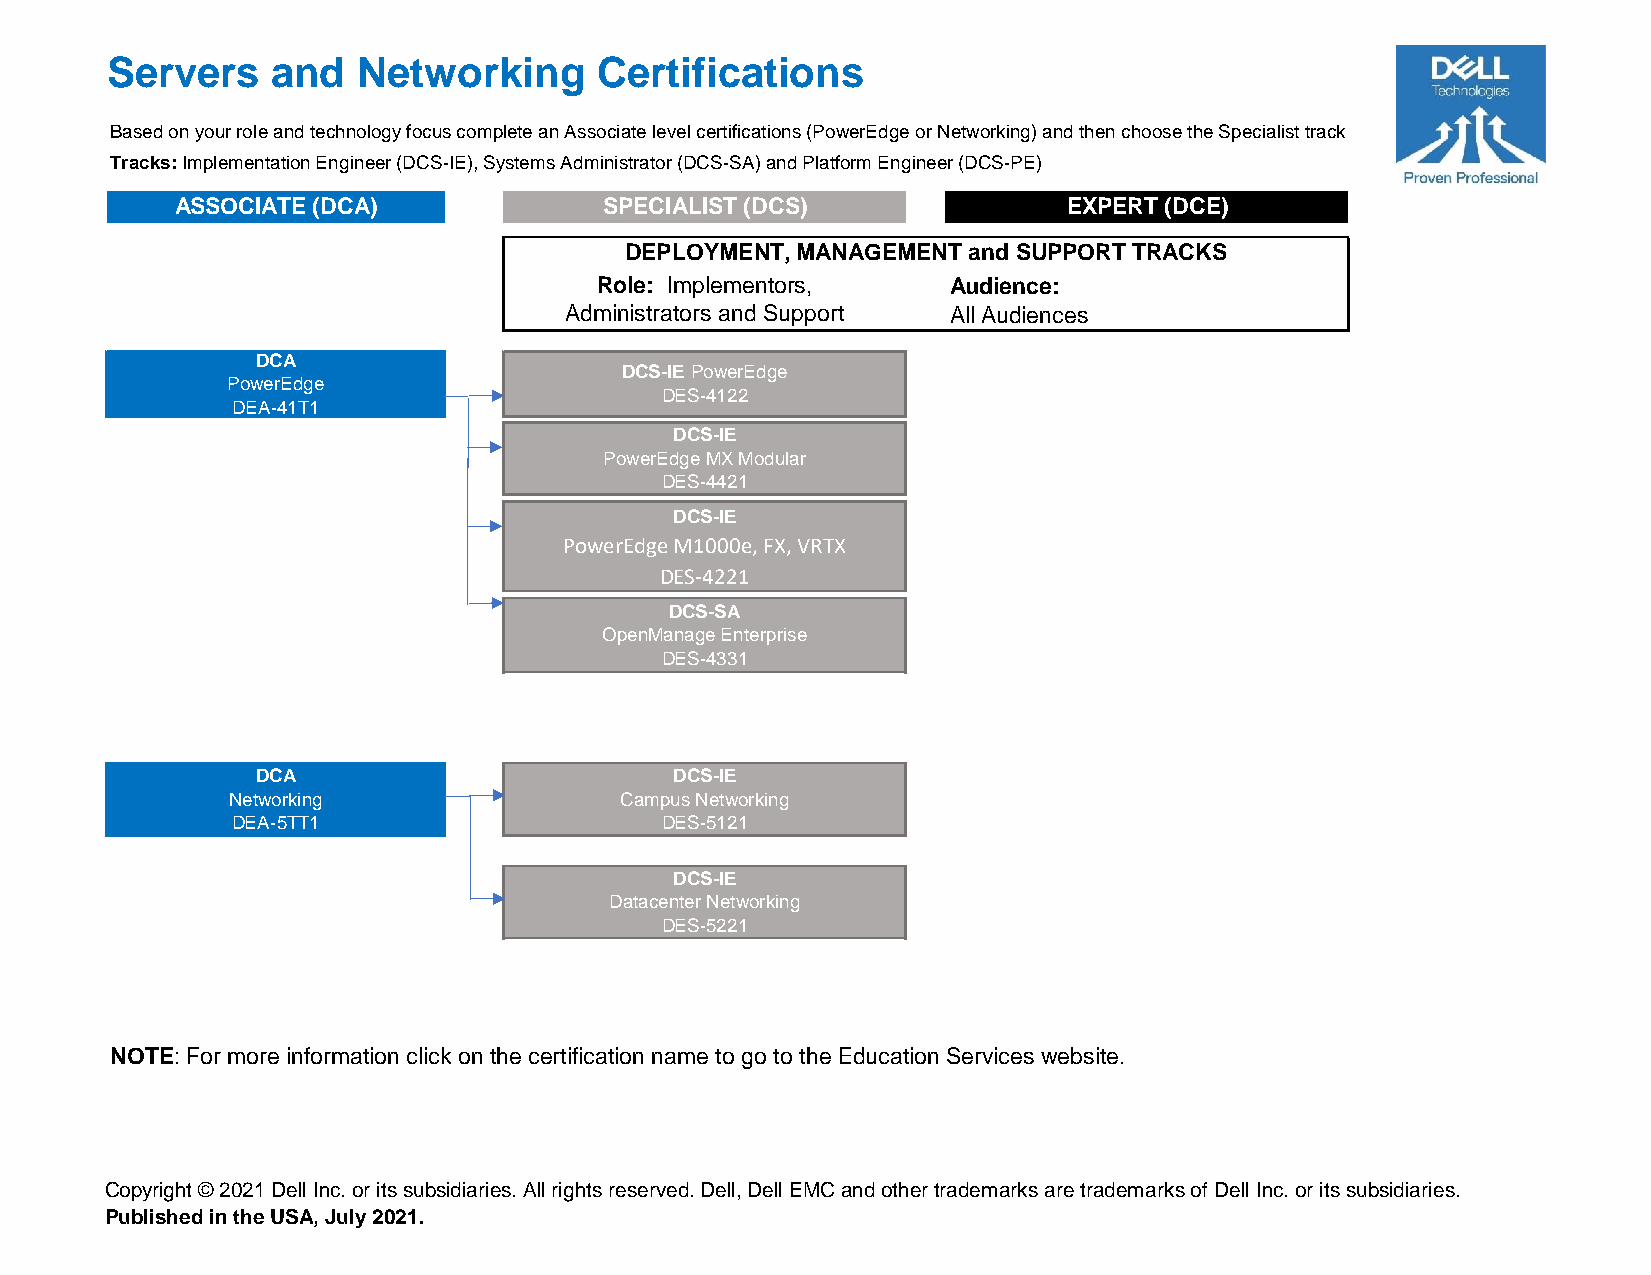
Servers    and   Networking      Certifications
 Based on your role and technology focus complete an Associate level certifications (PowerEdge or Networking) and then choose the Specialist track
 Tracks: Implementation Engineer (DCS-IE), Systems Administrator (DCS-SA) and Platform Engineer (DCS-PE)
 ASSOCIATE (DCA)             SPECIALIST (DCS)               EXPERT (DCE)
 DEPLOYMENT, MANAGEMENT and SUPPORT TRACKS
 Role: Implementors,     Audience:
 Administrators and Support All Audiences
 DCA
 DCS-IE PowerEdge
 PowerEdge
 DES-4122
 DEA-41T1
 DCS-IE
 PowerEdge MX Modular
 DES-4421
 DCS-IE
 PowerEdge M1000e, FX, VRTX
 DES-4221
 DCS-SA
 OpenManage Enterprise
 DES-4331
 DCA                         DCS-IE
 Networking                Campus Networking
 DEA-5TT1                     DES-5121
 DCS-IE
 Datacenter Networking
 DES-5221
 NOTE: For more information click on the certification name to go to the Education Services website.
 Copyright © 2021 Dell Inc. or its subsidiaries. All rights reserved. Dell, Dell EMC and other trademarks are trademarks of Dell Inc. or its subsidiaries.
 Published in the USA, July 2021.